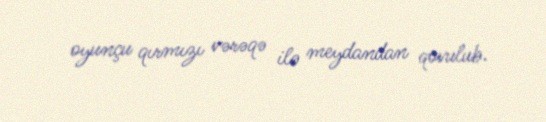
oyunçu qırmızı vərəqə ilə meydandan qovulub.